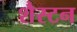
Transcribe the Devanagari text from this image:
शैस्टन